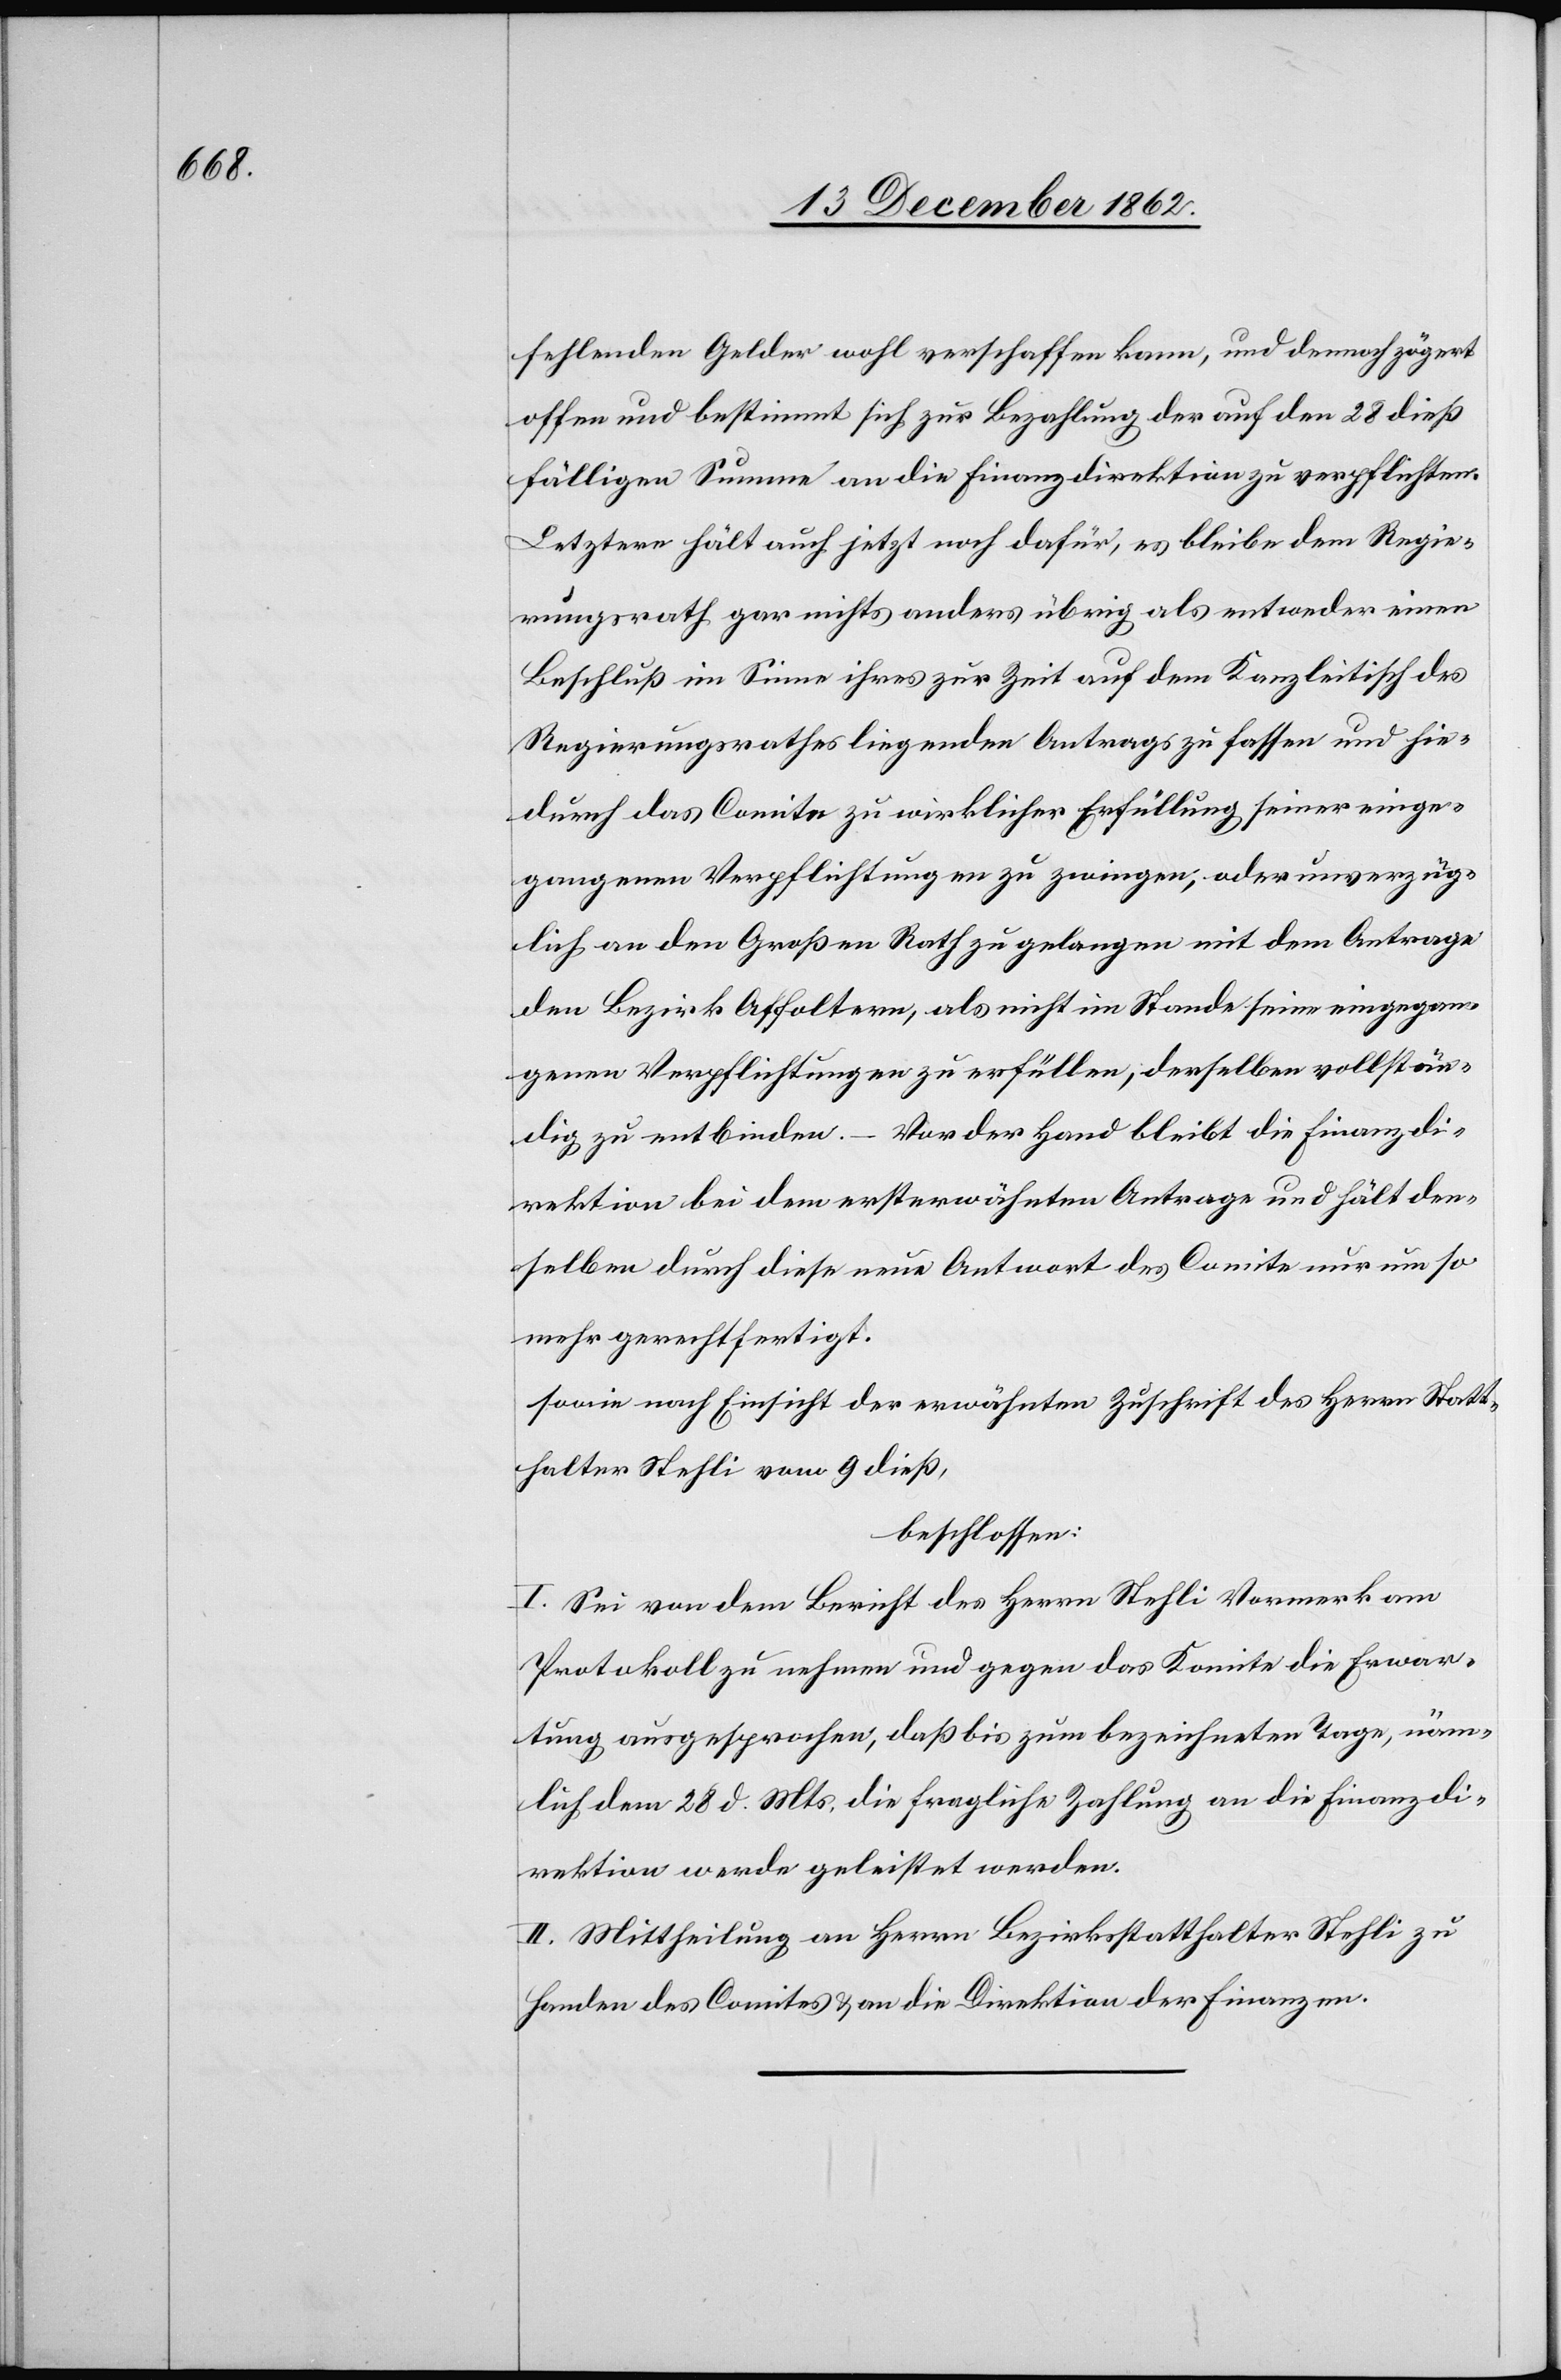
fehlenden Gelder wohl verschaffen kann, und dernach zögert
offen und bestimmt sich zur Bezahlung der auf den 28. dieß
fälligen Summe an die Finanzdirektion zu verpflichten.
Letztere hält auch jetzt noch dafür, es bleibe dem Regie¬
rungsrath gar nichts anders übrig als entweder einen
Beschluß im Sinne ihres zur Zeit auf dem Kanzleitisch des
Regierungsrathes liegenden Antrags zu fassen und hie¬
durch das Comite zu wirklicher Erfüllung seiner einge¬
gangenen Verpflichtungen zu zwingen, oder unverzüg¬
lich an den Großen Rath zu gelangen mit dem Antrage
den Bezirk Affoltern, als nicht im Stande seine eingegan¬
genen Verpflichtungen zu erfüllen, derselben vollstän¬
dig zu entbinden. – Vor der Hand bleibt die Finanzdi¬
rektion bei dem ersterwähnten Antrage und hält den¬
selben durch diese neue Antwort des Comite nur um so
mehr gerechtfertigt.
[sic!] nach Einsicht der erwähnten Zuschrift des Herrn Statt¬
halter Stehli vom 9. dieß,
beschlossen:
I. Sei von dem Bericht des Herrn Stehli Vormerk am
Protokoll zu nehmen und gegen das Komitee die Erwar¬
tung ausgesprochen, daß bis zum bezeichneten Tage, näm¬
lich dem 28. d. Mts. die fragliche Zahlung an die Finanzdi¬
rektion werde geleistet werden.
II. Mittheilung an Herrn Bezirksstatthalter Stehli zu
Handen des Comites u. an die Direktion der Finanzen.